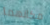
مكانهما